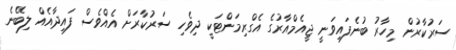
ސަރުކާރުން މިހާރު ބުނެފައިވަނީ ޖީއެމްއާރުގެ އެގްރިމަންޓަކީ ދިވެހި ސަރުކާރަށް އެއްވެސް ފައިދާއެއް ލިބޭނެ